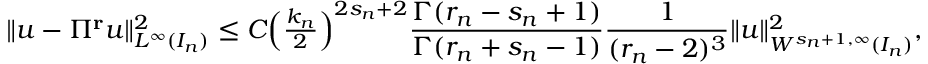
\begin{array} { r } { \| u - \Pi ^ { \bf { r } } u \| _ { L ^ { \infty } ( I _ { n } ) } ^ { 2 } \le C \Big ( \frac { k _ { n } } { 2 } \Big ) ^ { 2 s _ { n } + 2 } \displaystyle \frac { \Gamma ( r _ { n } - s _ { n } + 1 ) } { \Gamma ( r _ { n } + s _ { n } - 1 ) } \displaystyle \frac { 1 } { ( r _ { n } - 2 ) ^ { 3 } } \| u \| _ { W ^ { s _ { n } + 1 , \infty } ( I _ { n } ) } ^ { 2 } , } \end{array}